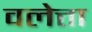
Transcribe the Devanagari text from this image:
वलेत्ता